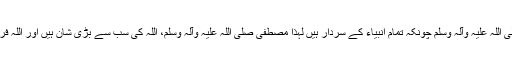
حضور صلی اللہ علیہ وآلہ وسلم چونکہ تمام انبیاء کے سردار ہیں لہذا مصطفیٰ صلی اللہ علیہ وآلہ وسلم، اللہ کی سب سے بڑی شان ہیں اور اللہ فرما رہا ہے۔